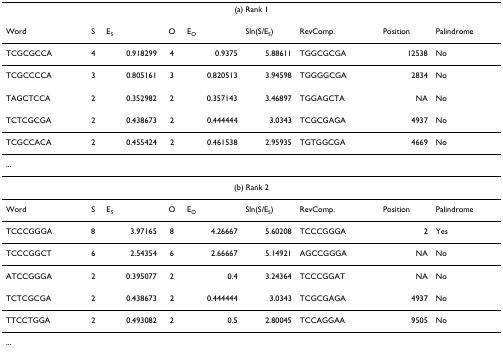
<table><thead><tr><td colspan="9"><b>(a) Rank 1</b></td></tr></thead><tbody><tr><td>Word</td><td>S</td><td>E<sub>S</sub></td><td>O</td><td>E<sub>O</sub></td><td>Sln(S/E<sub>S</sub>)</td><td>RevComp.</td><td>Position</td><td>Palindrome</td></tr><tr><td>TCGCGCCA</td><td>4</td><td>0.918299</td><td>4</td><td>0.9375</td><td>5.88611</td><td>TGGCGCGA</td><td>12538</td><td>No</td></tr><tr><td>TCGCCCCA</td><td>3</td><td>0.805161</td><td>3</td><td>0.820513</td><td>3.94598</td><td>TGGGGCGA</td><td>2834</td><td>No</td></tr><tr><td>TAGCTCCA</td><td>2</td><td>0.352982</td><td>2</td><td>0.357143</td><td>3.46897</td><td>TGGAGCTA</td><td>NA</td><td>No</td></tr><tr><td>TCTCGCGA</td><td>2</td><td>0.438673</td><td>2</td><td>0.444444</td><td>3.0343</td><td>TCGCGAGA</td><td>4937</td><td>No</td></tr><tr><td>TCGCCACA</td><td>2</td><td>0.455424</td><td>2</td><td>0.461538</td><td>2.95935</td><td>TGTGGCGA</td><td>4669</td><td>No</td></tr><tr><td>...</td><td></td><td></td><td></td><td></td><td></td><td></td><td></td><td></td></tr><tr><td colspan="9">(b) Rank 2</td></tr><tr><td>Word</td><td>S</td><td>E<sub>S</sub></td><td>O</td><td>E<sub>O</sub></td><td>Sln(S/E<sub>S</sub>)</td><td>RevComp.</td><td>Position</td><td>Palindrome</td></tr><tr><td>TCCCGGGA</td><td>8</td><td>3.97165</td><td>8</td><td>4.26667</td><td>5.60208</td><td>TCCCGGGA</td><td>2</td><td>Yes</td></tr><tr><td>TCCCGGCT</td><td>6</td><td>2.54354</td><td>6</td><td>2.66667</td><td>5.14921</td><td>AGCCGGGA</td><td>NA</td><td>No</td></tr><tr><td>ATCCGGGA</td><td>2</td><td>0.395077</td><td>2</td><td>0.4</td><td>3.24364</td><td>TCCCGGAT</td><td>NA</td><td>No</td></tr><tr><td>TCTCGCGA</td><td>2</td><td>0.438673</td><td>2</td><td>0.444444</td><td>3.0343</td><td>TCGCGAGA</td><td>4937</td><td>No</td></tr><tr><td>TTCCTGGA</td><td>2</td><td>0.493082</td><td>2</td><td>0.5</td><td>2.80045</td><td>TCCAGGAA</td><td>9505</td><td>No</td></tr><tr><td>...</td><td></td><td></td><td></td><td></td><td></td><td></td><td></td><td></td></tr></tbody></table>